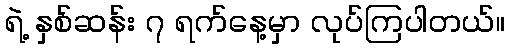
ရဲ့ နှစ်ဆန်း ၇ ရက်နေ့မှာ လုပ်ကြပါတယ်။